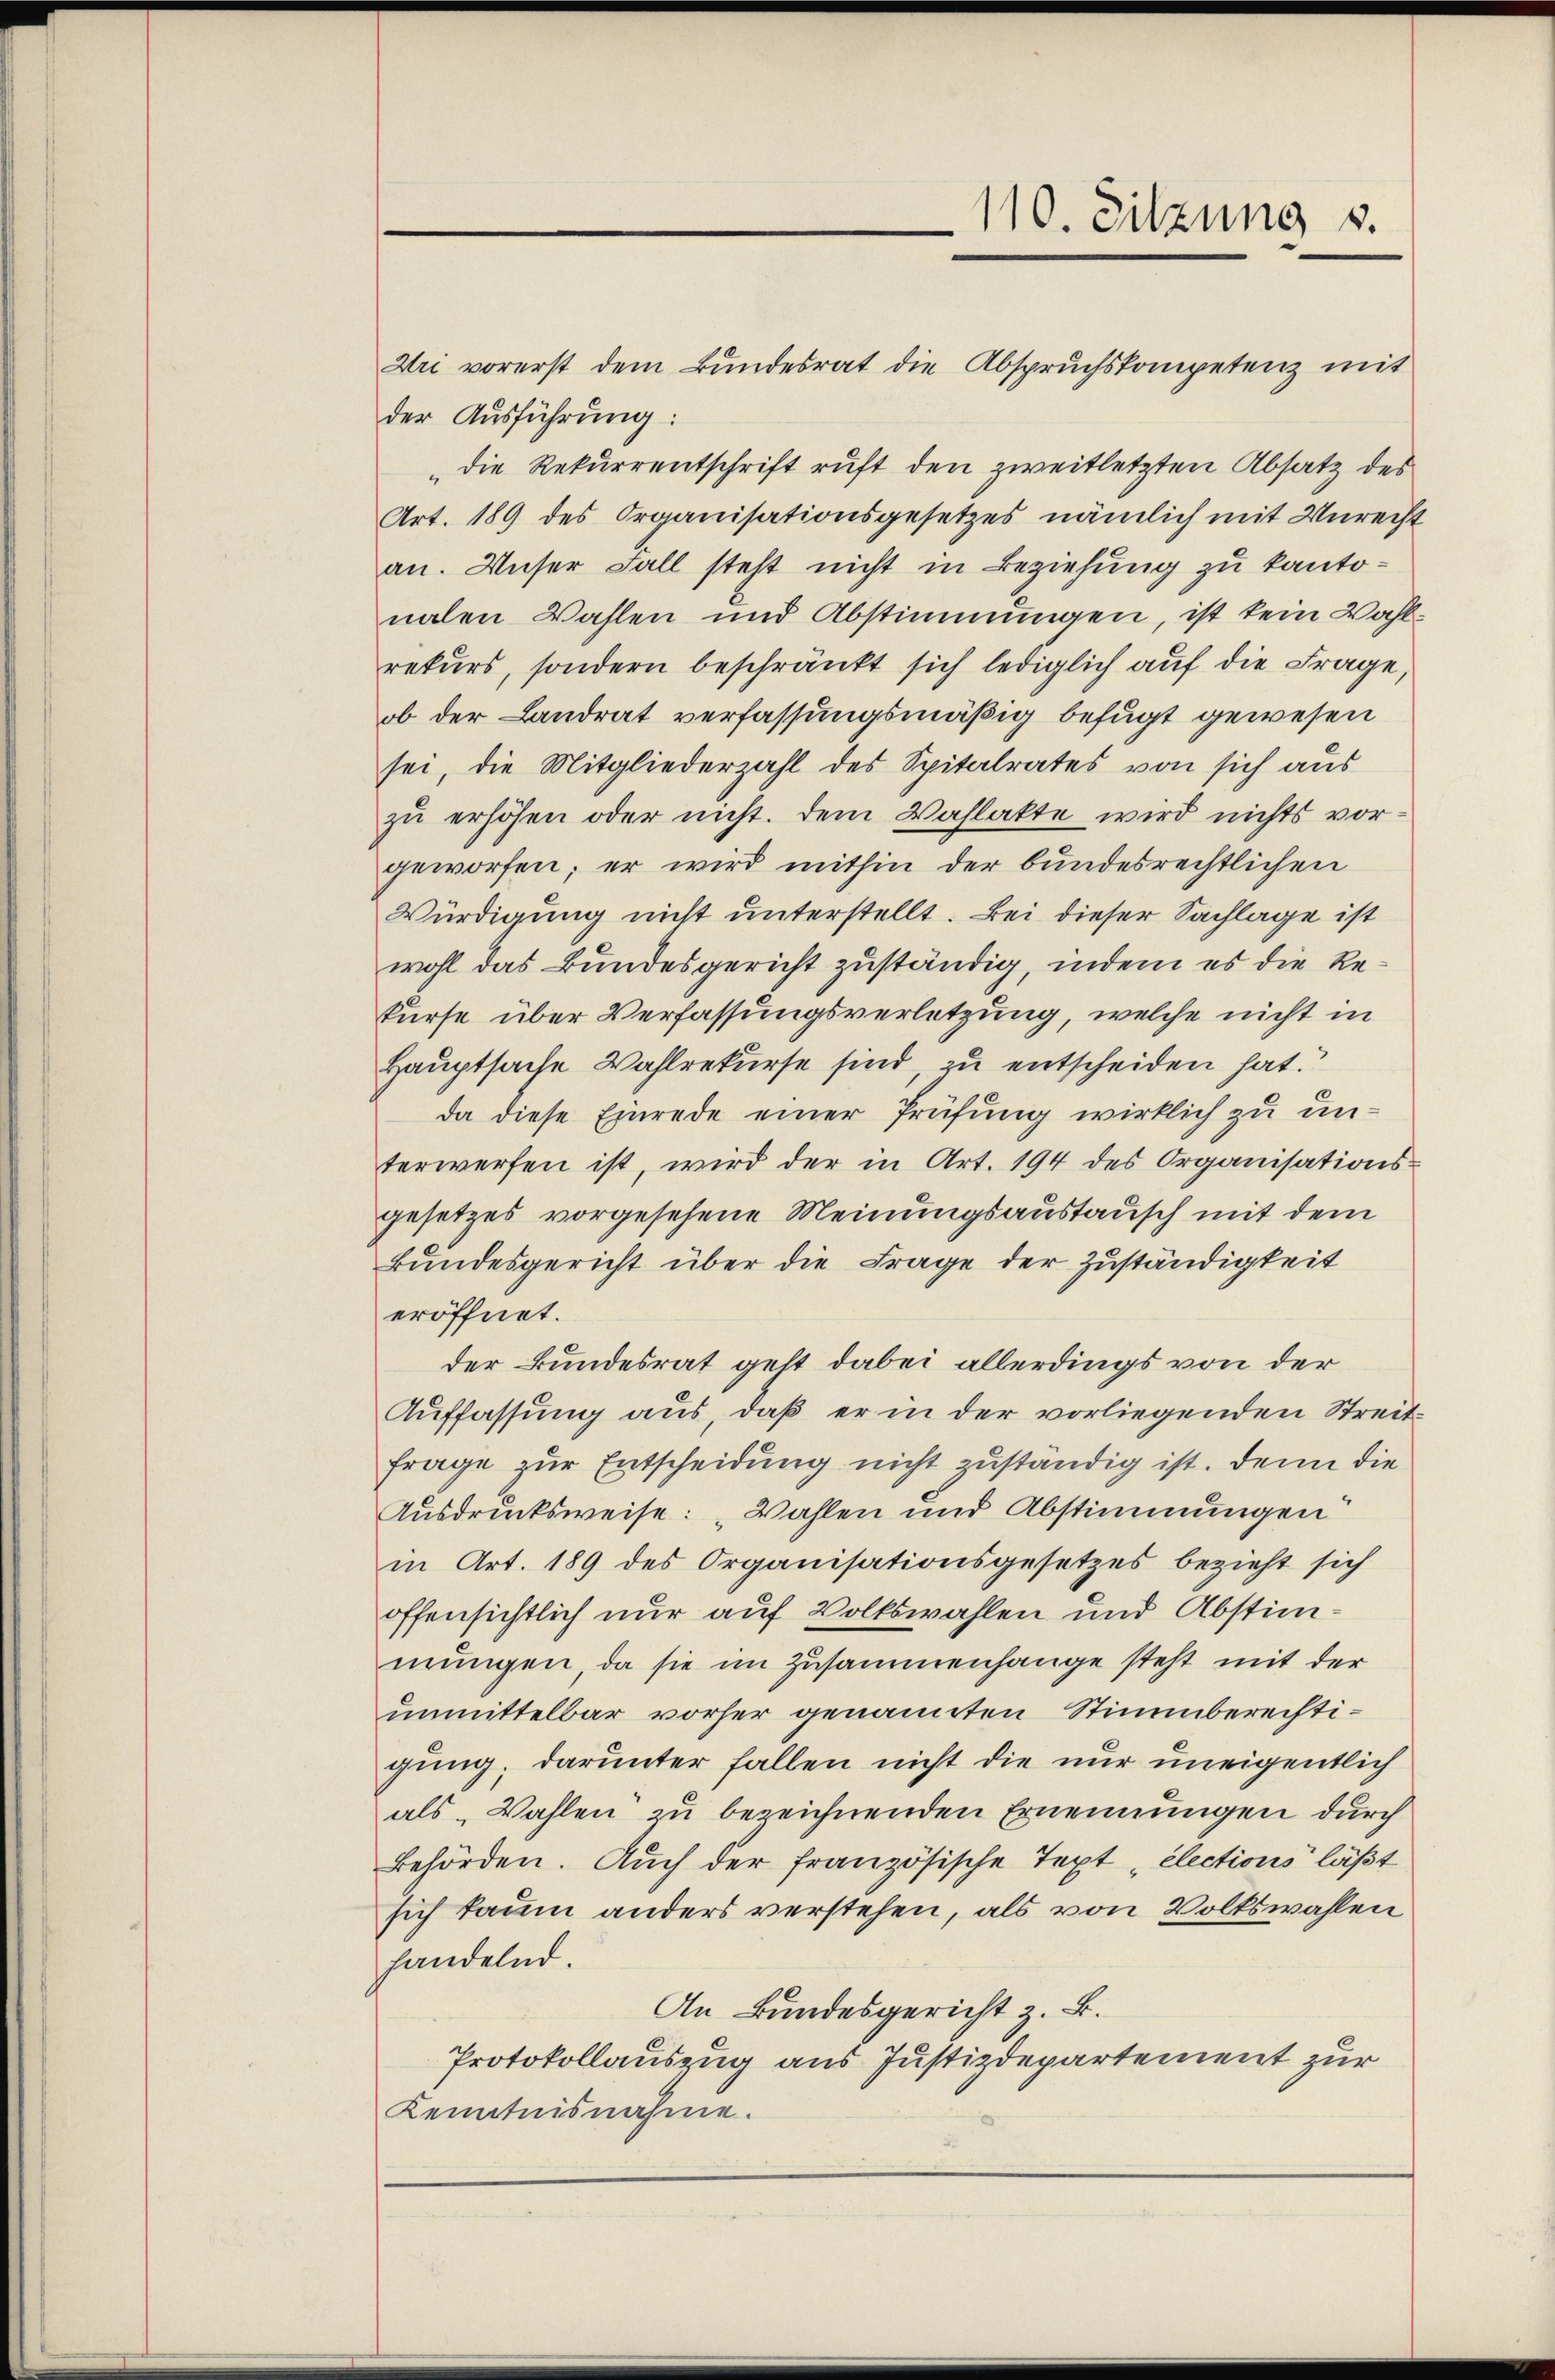
110. Sitzung s.

Uri vorerst dem Bundesrat die Abspruchskompetenz mit
der Ausführung:
„die Rekurrentschrift ruft den zweitletzten Absatz des
Art. 189 des Organisationsgesetzes nämlich mit Unrecht
an. Unser Fall steht nicht in Beziehung zu kantonalen Wahlen und Abstimmungen, ist kein Wahlrekurs, sondern beschränkt sich lediglich auf die Frage,
ob der Landrat verfassungsmäßig befugt gewesen
sei, die Mitgliederzahl des Spitalrates von sich aus
zu erhöhen oder nicht. Dem Wahlakte wird nichts vorgeworfen; er wird mithin der bundesrechtlichen
Würdigung nicht unterstellt. Bei dieser Sachlage ist
wohl das Bundesgericht zuständig, indem es die Rekurse über Verfassungsverletzung, welche nicht in
Hauptsache Wahlrekurse sind, zu entscheiden hat.
da diese Einrede einer Prüfung wirklich zu unterwerfen ist, wird der in Art. 194 des Organisations-
gesetzes vorgesehene Meinungsaustausch mit dem
Bundesgericht über die Frage der Zuständigkeit
eröffnet.
der Bundesrat geht dabei allerdings von der
Auffassung aus, daß er in der vorliegenden Streit
frage zur Entscheidung nicht zuständig ist. Denn die
Ausdrucksweise: „Wahlen und Abstimmungen
in Art. 189 des Organisationsgesetzes bezieht sich
offensichtlich nur auf Volkswahlen und Abstimmungen, da sie im Zusammenhange steht mit der
unmittelbar vorher genannten Stimmberechtigung; darunter fallen nicht die nur uneigentlich
als Wahlen zu bezeichnenden Ernennungen durch
behörden. Auch der französische Text „Elections läßt
sich kaum anders verstehen, als von Volkswahlen
handelnd.
An Bundesgericht z. B.
Protokollauszug aus Justizdepartement zur
Kenntnisnahme.